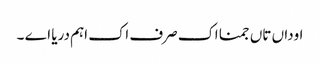
اوداں تاں جمنا اک صرف اک اہم دریا اے ۔